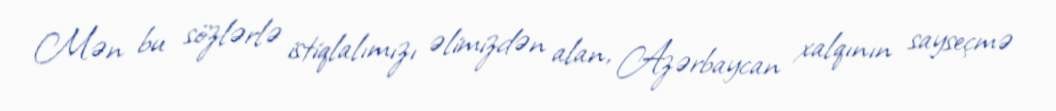
Mən bu sözlərlə istiqlalımızı əlimizdən alan, Azərbaycan xalqının sayseçmə